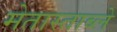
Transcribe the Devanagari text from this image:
मेतास्ताब्ले